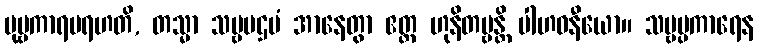
ပုဗ္ဗကာရမရဟတိ, တသ္မာ သဗ္ဗပဌမံ အာနေတွာ ဧတ္ထ ဟုနိတဗ္ဗန္တိ ပါဟဝနီယော။ သဗ္ဗပ္ပကာရေန